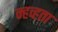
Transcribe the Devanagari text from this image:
न्हव्हता